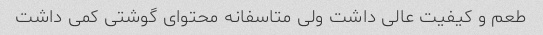
طعم و کیفیت عالی داشت ولی متاسفانه محتوای گوشتی کمی داشت